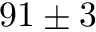
9 1 \pm 3